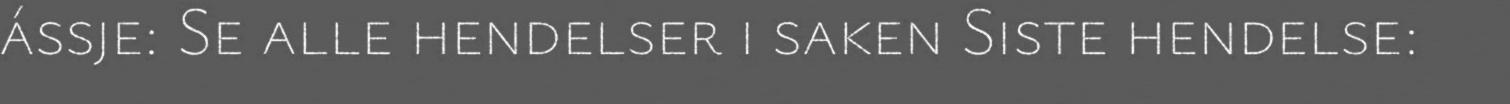
ássje: Se alle hendelser i saken Siste hendelse: